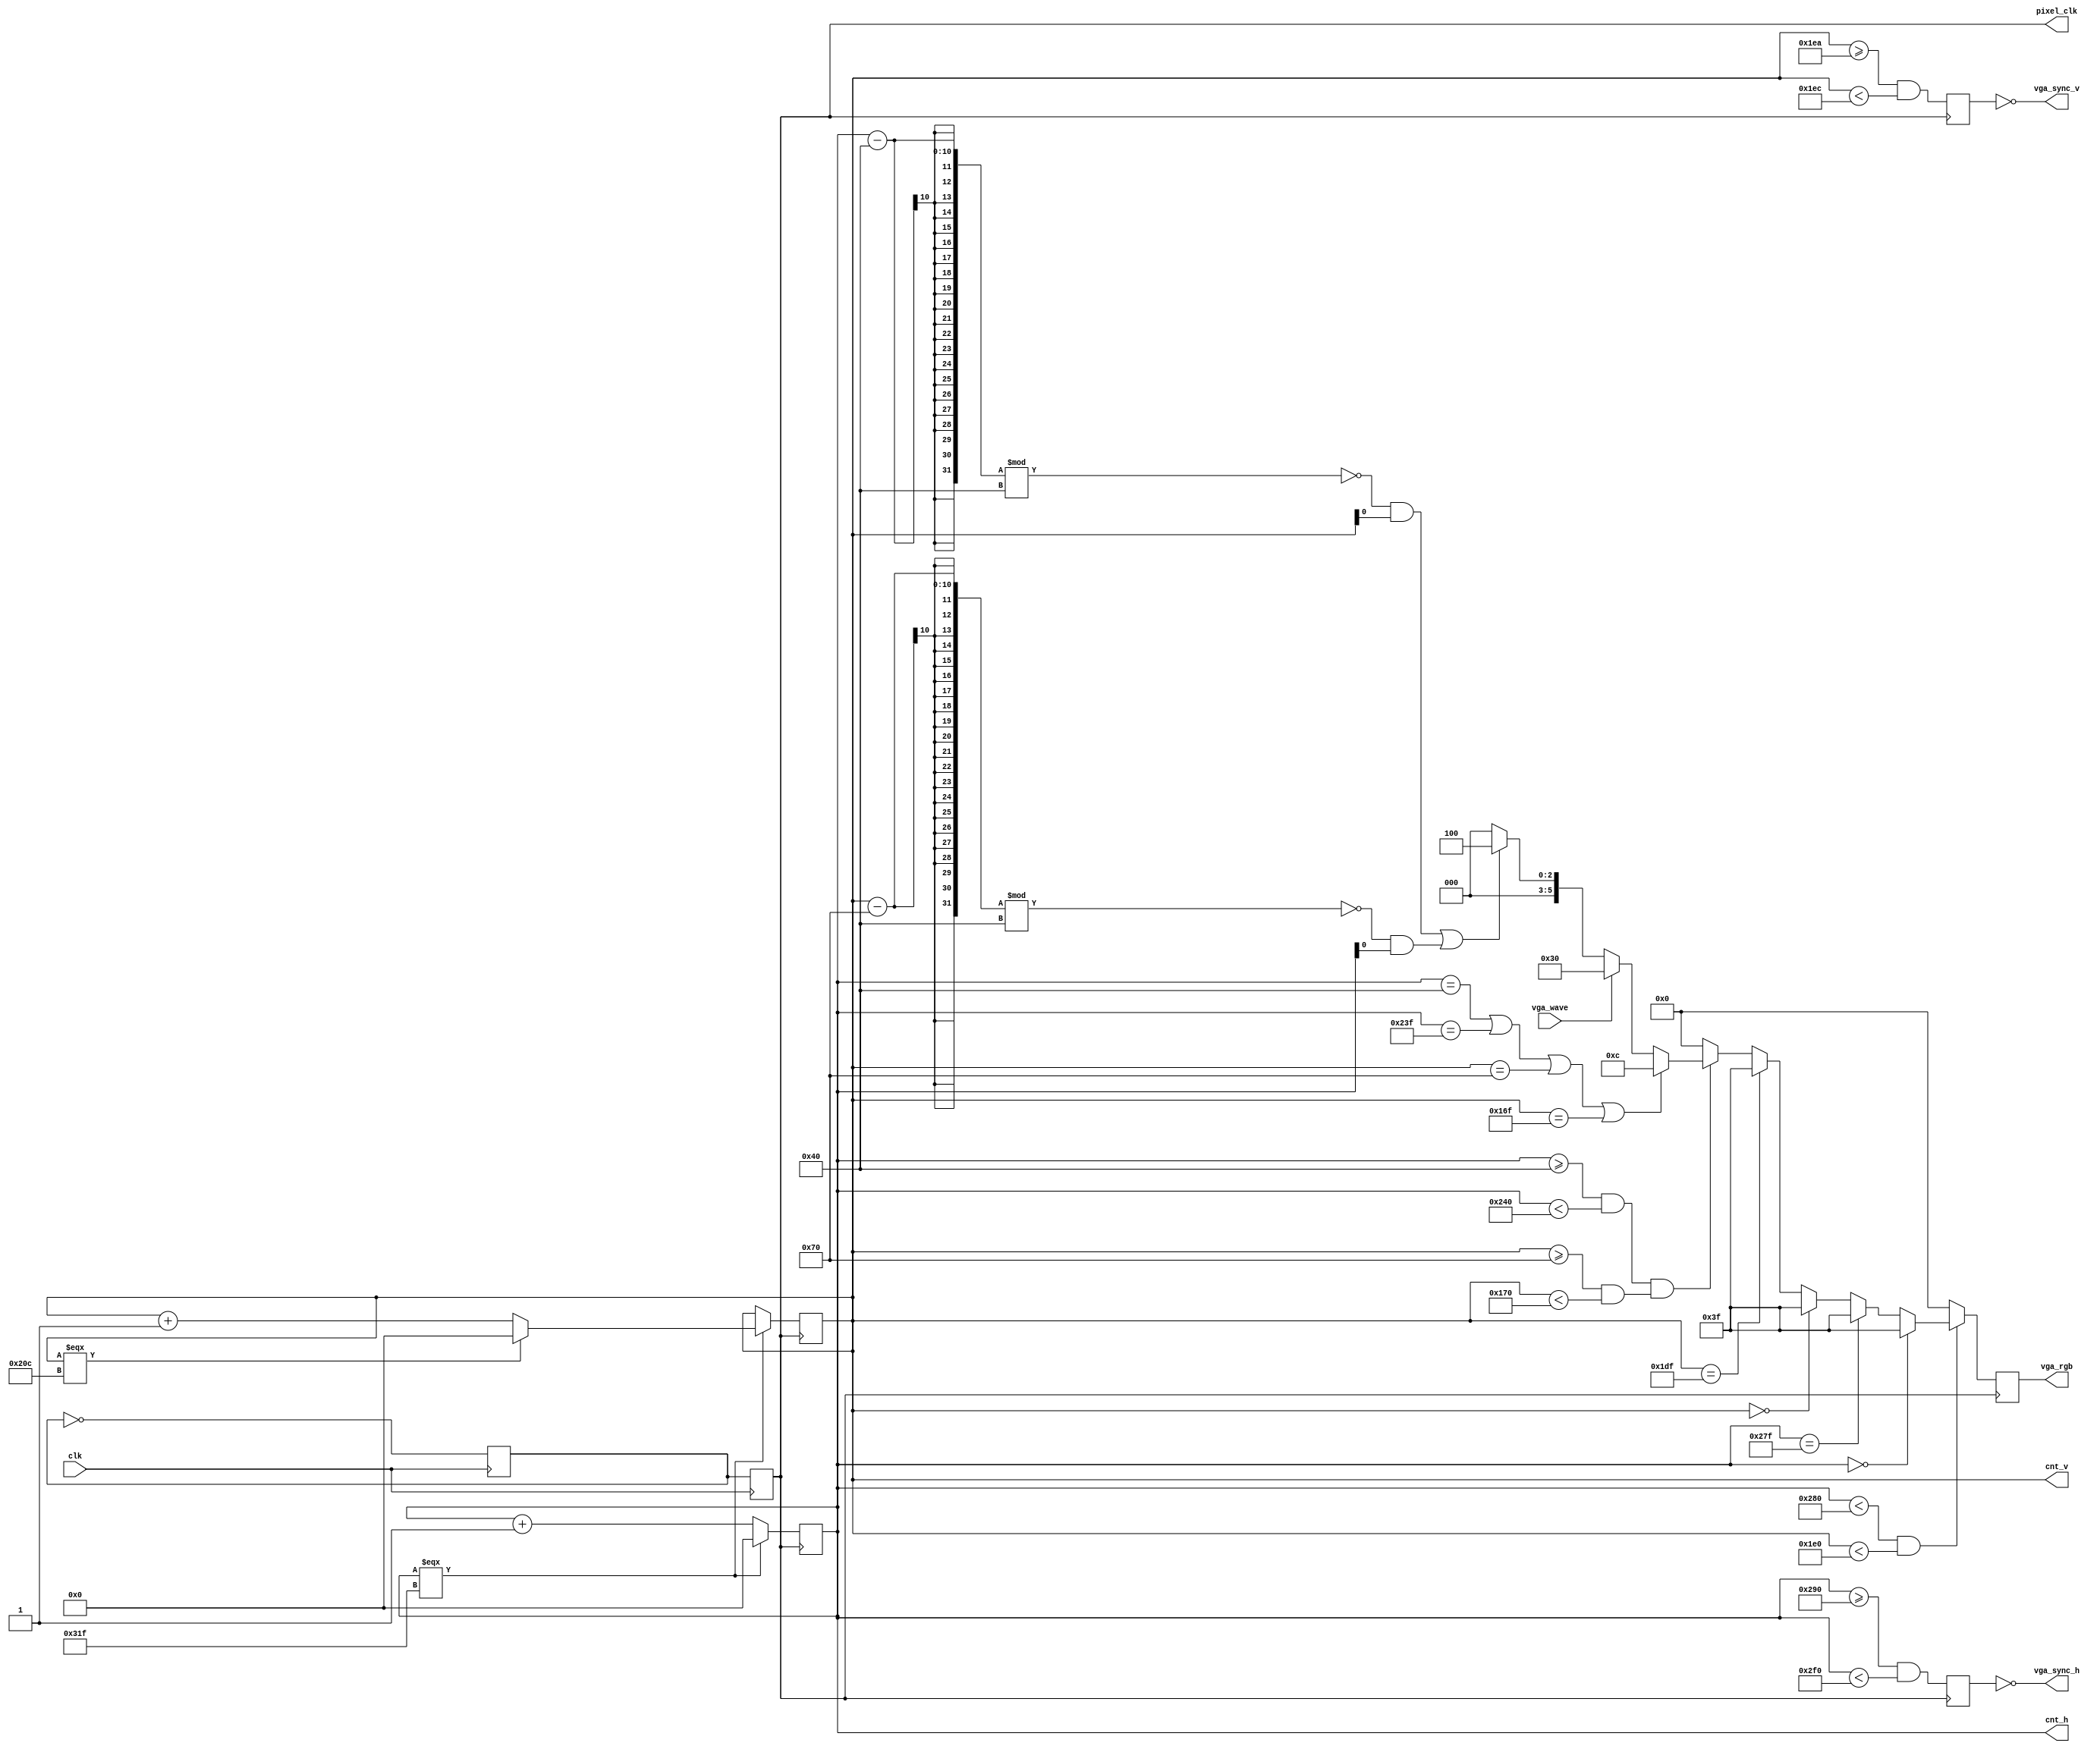
module vga_driver(
    input   wire        clk,        // system clock 50MHz
    output  reg         pixel_clk,  // pixel clock 25MHz

    input   wire        vga_wave,
    
    output  reg [9:0]   cnt_h,
    output  reg [9:0]   cnt_v,
    
    output  wire        vga_sync_h, // vga horizontal sync signal        
    output  wire        vga_sync_v, // vga vertical sync signal

    output  reg [5:0]   vga_rgb     // vga color data {2'd{red}, 2'd{green}, 2'd{blue}}
);
	
    // TIMING DEFINE
    // 96 sync, 48 bp, 640 display, 16 fp
    integer HORIZONTAL_VISIBLE_AREA = 10'd640;
    integer HORIZONTAL_FRONT_PORCH  = 10'd16;
    integer HORIZONTAL_SYNC_PULSE   = 10'd96;
    integer HORIZONTAL_BACK_PORCH   = 10'd48;
    integer HORIZONTAL_WHOLE_LINE   = 10'd800;
    // 2  sync, 33 bp, 480 display, 10 fp
    integer VERTICAL_VISIBLE_AREA = 10'd480;
    integer VERTICAL_FRONT_PORCH  = 10'd10;
    integer VERTICAL_SYNC_PULSE   = 10'd2;
    integer VERTICAL_BACK_PORCH   = 10'd33;
    integer VERTICAL_WHOLE_LINE   = 10'd525;

    // COLOR DEFINE
    localparam WHITE = 6'b11_11_11;
    localparam BLACK = 6'b00_00_00;
    localparam RED   = 6'b11_00_00;
    localparam GREEN = 6'b00_11_00;
    localparam Green = 6'b00_01_00;
    localparam BLUE  = 6'b00_00_11;

    // clk (50MHz) to pixel_clk(25MHz of 640 * 480 @ 60Hz)
    reg p_clk;  // frequency division signal(temp)

	always@(posedge clk) begin
		p_clk <= ~p_clk; 
		pixel_clk <= p_clk;
	end
    
    // screen horizontal sweep
    always@(posedge pixel_clk) begin
		if(cnt_h === HORIZONTAL_WHOLE_LINE - 1'b1) begin
            cnt_h <= 1'b0;
        end else begin
            cnt_h <= cnt_h + 1'b1;
        end
	end

	// screen vertical sweep
	always@(posedge pixel_clk) begin
		if(cnt_h === HORIZONTAL_WHOLE_LINE - 1'b1) begin
			if(cnt_v === VERTICAL_WHOLE_LINE - 1'b1) begin
                cnt_v <= 1'b0;
            end else begin
                cnt_v <= cnt_v + 1'b1;    
            end
		end else begin
            cnt_v <= cnt_v;
        end
	end

    // generate screen sync signal
    reg p_hSync;    // horizontal sync define
    reg p_vSync;    // vertical sync define

	always@(posedge pixel_clk)
	begin
		p_hSync <= (
            (cnt_h >= HORIZONTAL_VISIBLE_AREA + HORIZONTAL_FRONT_PORCH)
        &&  (cnt_h < HORIZONTAL_VISIBLE_AREA + HORIZONTAL_FRONT_PORCH + HORIZONTAL_SYNC_PULSE)
        ); 
		p_vSync <= (
            (cnt_v >= VERTICAL_VISIBLE_AREA + VERTICAL_FRONT_PORCH) 
        &&  (cnt_v < VERTICAL_VISIBLE_AREA + VERTICAL_FRONT_PORCH + VERTICAL_SYNC_PULSE)
        ); 
	end
    // polarity of horizontal/vertical sync pulse is negative
	assign vga_sync_v = !p_vSync;
	assign vga_sync_h = !p_hSync;
	
    // vga's visible region
	wire dispaly_region; // display region flag

    assign dispaly_region = (
        (cnt_h < HORIZONTAL_VISIBLE_AREA) 
    &&  (cnt_v < VERTICAL_VISIBLE_AREA)
    );

    // waveform region
    wire waveform_region; // waveform region flag

    assign waveform_region = (
        ((cnt_h >= 64) && (cnt_h < 576))
    &&  ((cnt_v >= 112) && (cnt_v < 368))
    );

    // waveform edge 
    wire waveform_edge_region; // waveform region edge

    assign waveform_edge_region = (
        (cnt_h == 64)
    ||  (cnt_h == 575)
    ||  (cnt_v == 112)
    ||  (cnt_v == 367)
    );

    // waveform grid
    wire waveform_grid_region;

    assign waveform_grid_region = (
        (((cnt_h - 64) % 64 == 0) && (cnt_v[0]))
    ||  (((cnt_v - 112) % 64 == 0) && (cnt_h[0]))
    );

    // display settings
	always @(posedge pixel_clk) begin
        if (dispaly_region)begin
            // edge
            if (cnt_h == 0) begin               // left edge
                vga_rgb <= WHITE;
            end else if (cnt_h == 639) begin    // right edge
                vga_rgb <= WHITE;
            end else if (cnt_v == 0) begin      // top edge
                vga_rgb <= WHITE;
            end else if (cnt_v == 479) begin    // bottom edge
                vga_rgb <= WHITE;
            end
            
            else if (waveform_region) begin
                if (waveform_edge_region) begin
                    vga_rgb <= GREEN;
                end else if (vga_wave) begin
                    vga_rgb <= RED;
                end else if (waveform_grid_region) begin
                    vga_rgb <= Green;
                end
                else begin
                    vga_rgb <= BLACK;
                end
            end

            // // edge grid
            // else if ((cnt_h <= 10)&&(cnt_h % 2 == 0)&&(cnt_h != 0)) begin
            //     vga_rgb <= RED;
            // end else if ((cnt_v <= 10)&&(cnt_v % 2 == 0)&&(cnt_v != 0)) begin
            //     vga_rgb <= BLUE;
            // end else if ((cnt_h >= 629)&&(cnt_h % 2 == 1)&&(cnt_h != 639)) begin
            //     vga_rgb <= BLUE;
            // end else if ((cnt_v >= 469)&&(cnt_v % 2 == 1)&&(cnt_v != 479)) begin
            //     vga_rgb <= RED;
            // end
            
            // // grid
            // else if (((cnt_h % 80 == 0&&(cnt_h != 0)))||((cnt_v % 80 == 0)&&(cnt_v != 0))) begin
            //     vga_rgb <= GREEN;
            // end else if (((cnt_h % 80 == 79&&(cnt_h != 639)))||((cnt_v % 80 == 79)&&(cnt_v != 479))) begin
            //     vga_rgb <= BLUE;
            // end 

            // // colorbar
            // if ((cnt_h >= 128 * 0) && (cnt_h < 128 * 1)) begin
            //     vga_rgb <= BLACK;
            // end else if ((cnt_h >= 128 * 1) && (cnt_h < 128 * 2)) begin
            //     vga_rgb <= WHITE;
            // end else if ((cnt_h >= 128 * 2) && (cnt_h < 128 * 3)) begin
            //     vga_rgb <= RED;
            // end else if ((cnt_h >= 128 * 3) && (cnt_h < 128 * 4)) begin
            //     vga_rgb <= GREEN;
            // end else if ((cnt_h >= 128 * 4) && (cnt_h < 128 * 5)) begin
            //     vga_rgb <= BLUE;
            // end
            
			else begin
                vga_rgb <= BLACK;   
            end
        end else begin
            vga_rgb <= BLACK;
        end
	end

endmodule